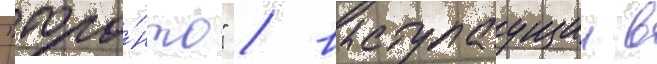
"торо́нто" / выступаущии в